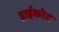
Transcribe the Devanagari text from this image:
डाईकोट